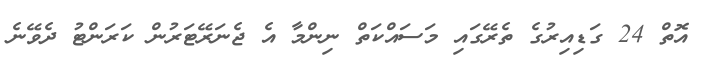
އޮތް 24 ގަޑިއިރުގެ ތެރޭގައި މަސައްކަތް ނިންމާ އެ ޖެނަރޭޓަރުން ކަރަންޓު ދެވޭނެ